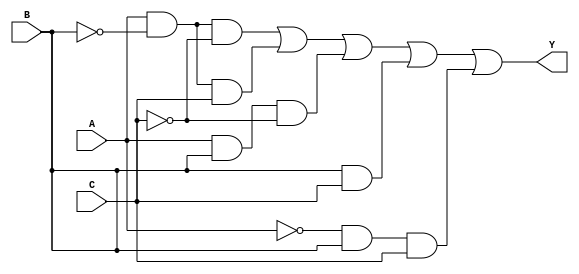
module kmap_3var (
    input wire A,  // Input variable A
    input wire B,  // Input variable B
    input wire C,  // Input variable C
    output wire Y  // Output Y
);

// Combinational logic based on K-map
assign Y = (A & ~B & ~C) | (A & ~B & C) | (A & B & ~C) | (B & C) | (~A & B & C);

endmodule